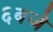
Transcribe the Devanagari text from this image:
६बजे